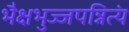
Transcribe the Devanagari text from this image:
भैक्षभुज्जपन्नित्यं